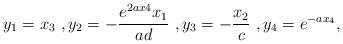
LaTeX: \begin{align*} y_1=x_3~, y_2=-\frac{e^{2 a x4} x_1}{a d}~, y_3=-\frac{x_2}{c}~, y_4=e^{-a x_4}, \end{align*}